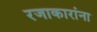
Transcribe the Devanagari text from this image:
रजाकारांना